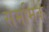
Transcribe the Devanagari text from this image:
सममिक